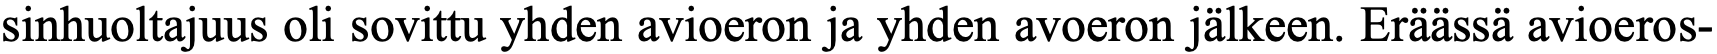
sinhuoltajuus oli sovittu yhden avioeron ja yhden avoeron jälkeen. Eräässä avioeros-